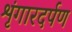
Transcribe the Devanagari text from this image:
शृंगारदर्पण